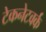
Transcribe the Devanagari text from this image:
टेकनेटवर्क